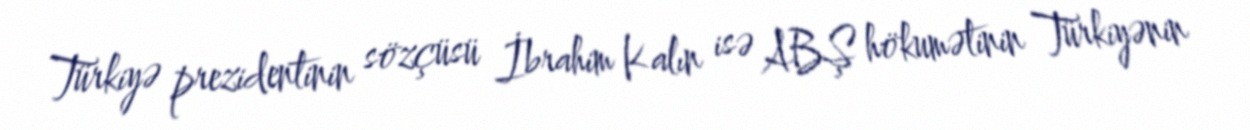
Türkiyə prezidentinin sözçüsü İbrahim Kalın isə ABŞ hökumətinin Türkiyənin